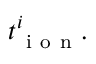
t _ { \mathrm { ~ i ~ o ~ n ~ } } ^ { i } .